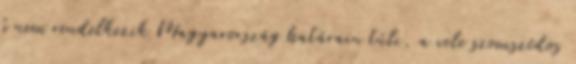
b nem rendelkezik Magyarország határain túli, a vele szomszédos